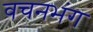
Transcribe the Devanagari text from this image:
वचनभंग